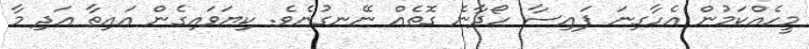
މީހެއްކަމުން އެހާގިނަ ފައިސާ ހޯދާނެ ގޮތެއް ނޭނގުނެވެ. ކިޔަވައިގެން އައިތާ އަދި މާ